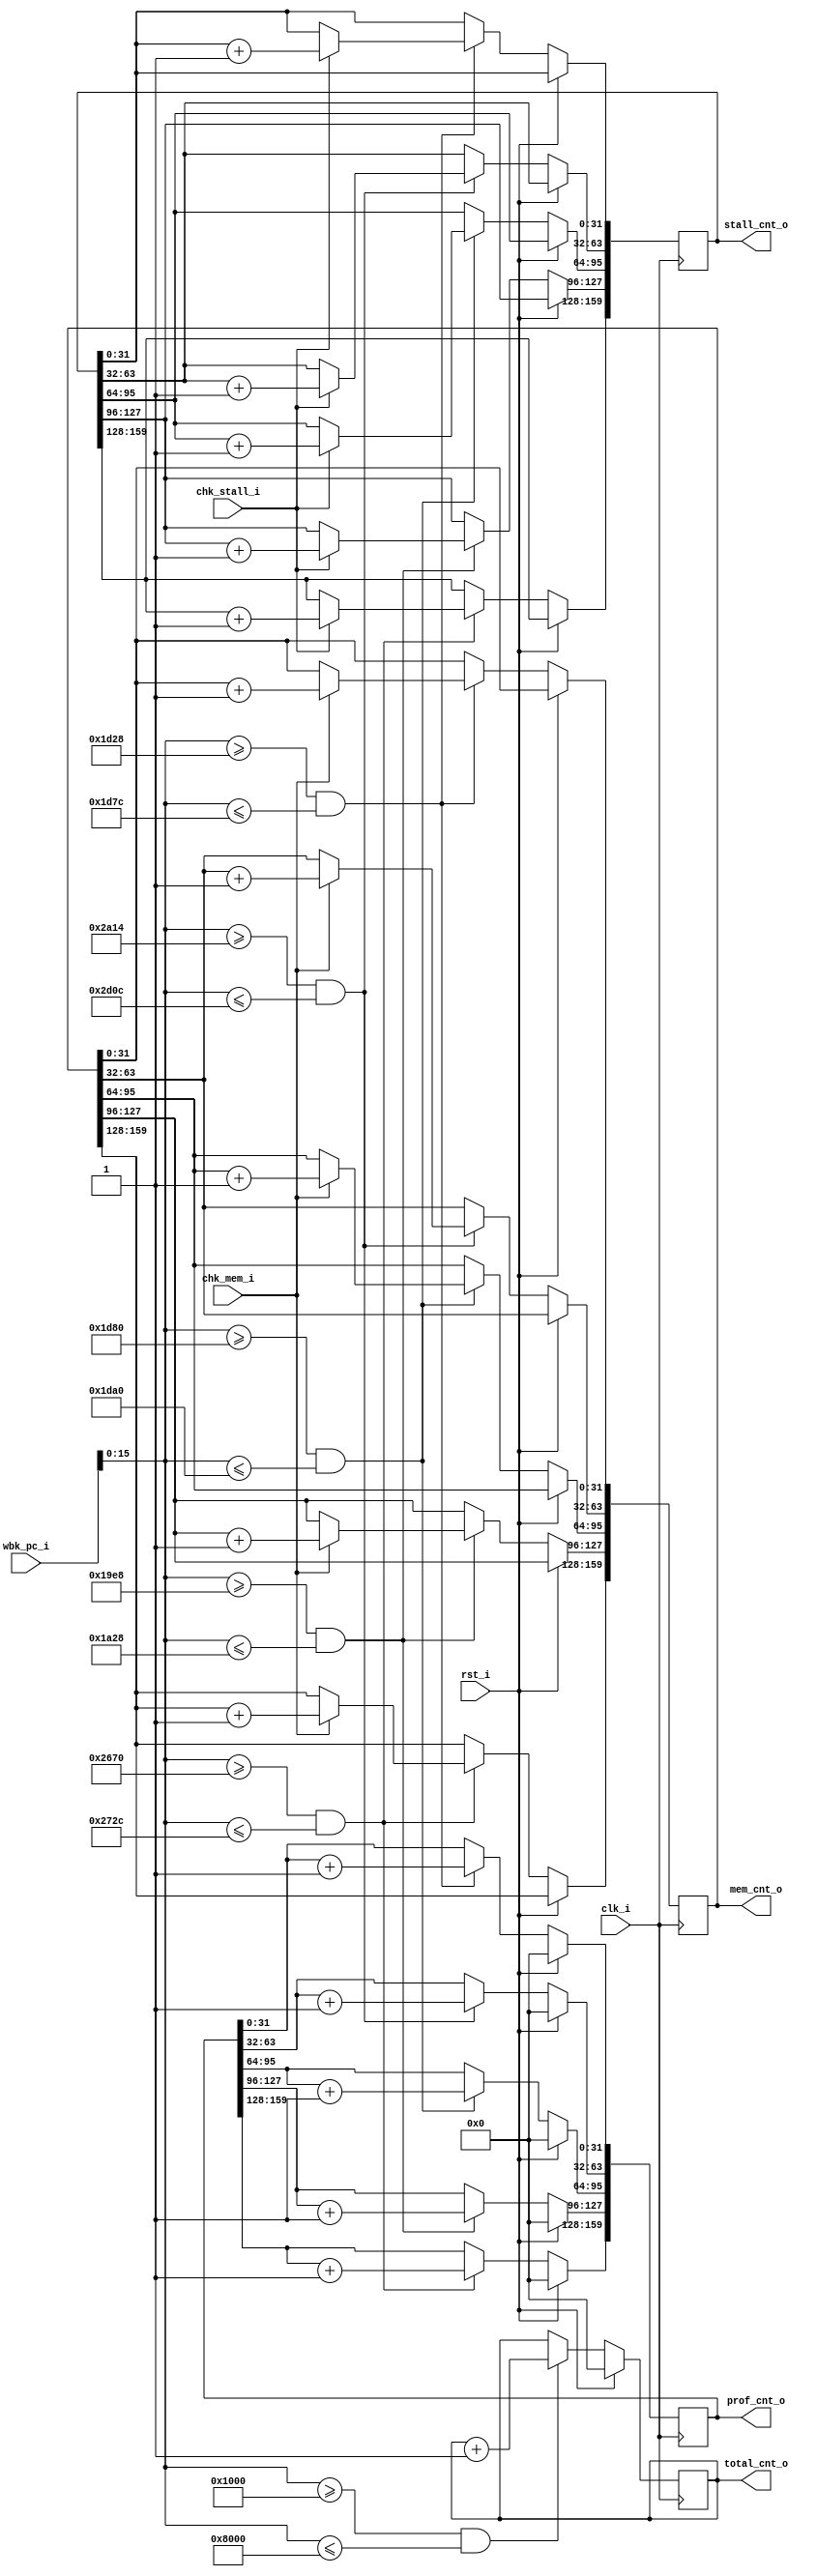
`timescale 1ns / 1ps
//////////////////////////////////////////////////////////////////////////////////
// Company: 
// Engineer: 
// 
// Design Name: 
// Module Name: profiler
// Project Name: 
// Target Devices: 
// Tool Versions: 
// Description: 
// 
// Dependencies: 
// 
// Revision:
// Revision 0.01 - File Created
// Additional Comments:
// 
//////////////////////////////////////////////////////////////////////////////////


module profiler #(
    parameter XLEN          = 32
)
(
    // System signals.
    input                 clk_i,
    input                 rst_i,
    
    //program counter from WriteBacK stage
    input   [XLEN-1:0]  wbk_pc_i,
    
    // checking cycle type
    input chk_stall_i,
    input chk_mem_i,
    
    // output counting
    output  [31:0]      total_cnt_o,
    output  [32*5-1:0]      prof_cnt_o,
    output  [32*5-1:0]      stall_cnt_o,
    output  [32*5-1:0]      mem_cnt_o
);

reg [31:0]  cnt_from_start; // total counter
(* mark_debug = "true" *) wire         chk_start;
reg [32*5-1:0]  prof_cnt; // profiler counter (5 in total)
wire         func_start[0:4]; //check function start
reg [32*5-1:0]  stall_cnt;
reg [32*5-1:0]  mem_cnt;
//reg [10-1:0]    count = 10'b0; //per 1024 clk add 1 counter

assign total_cnt_o = cnt_from_start;
assign prof_cnt_o = prof_cnt;
assign stall_cnt_o = stall_cnt;
assign mem_cnt_o = mem_cnt;

// initialize
//always @(*) begin
//    if (rst_i) begin
//        cnt_from_start <= 16'b0;
//        chk_start <= 1'b0;
//        prof_cnt[0] <= 16'b0;
//        prof_cnt[1] <= 16'b0;
//        prof_cnt[2] <= 16'b0;
//        prof_cnt[3] <= 16'b0;
//        prof_cnt[4] <= 16'b0;
//        func_start[0] <= 1'b0;
//        func_start[1] <= 1'b0;
//        func_start[2] <= 1'b0;
//        func_start[3] <= 1'b0;
//        func_start[4] <= 1'b0;
//        count <= 10'b0;
//    end
//end


/*
0x00001000          START

start       end     function
0x00001d28  1d7c    core_list_find
0x00002a14  2d0c    core_state_transition
0x00001d80  1da0    core_list_reverse
0x000019e8  1a28    crcu8
0x00002670  272c    matrix_mul_matrix_bitextract
*/
assign chk_start = (wbk_pc_i[15:0]>=16'h1000 && wbk_pc_i[15:0]<=16'h8000);
assign func_start[0] = (wbk_pc_i[15:0]>=16'h1d28 && wbk_pc_i[15:0]<=16'h1d7c);
assign func_start[1] = (wbk_pc_i[15:0]>=16'h2a14 && wbk_pc_i[15:0]<=16'h2d0c);
assign func_start[2] = (wbk_pc_i[15:0]>=16'h1d80 && wbk_pc_i[15:0]<=16'h1da0);
assign func_start[3] = (wbk_pc_i[15:0]>=16'h19e8 && wbk_pc_i[15:0]<=16'h1a28);
assign func_start[4] = (wbk_pc_i[15:0]>=16'h2670 && wbk_pc_i[15:0]<=16'h272c);

//always @(posedge clk_i) begin
//    if (rst_i) begin
//        func_start[0] <= 1'b0;
//        func_start[1] <= 1'b0;
//        func_start[2] <= 1'b0;
//        func_start[3] <= 1'b0;
//    end
//    else begin
//        casez(wbk_pc_i[15:0])
//            16'h1000: chk_start = 1'b1;
//            16'h1d28: func_start[0] = 1'b1; // core_list_find
//            16'h1d7c: func_start[0] = 1'b0;
//            16'h2a14: func_start[1] = 1'b1; //core_state_transition
//            16'h2d10: func_start[1] = 1'b0;
//            16'h1d80: func_start[2] = 1'b1;// core_list_reverse
//            16'h1da0: func_start[2] = 1'b0;
//            16'h19e8: func_start[3] = 1'b1;
//            16'h1a28: func_start[3] = 1'b0;
//            16'h2670: func_start[4] = 1'b1;
//            16'h272c: func_start[4] = 1'b0;
//        endcase
//    end
//end

always @(posedge clk_i) begin
    if (rst_i) begin
        prof_cnt <= 160'b0;
        cnt_from_start <= 32'b0;
    end
    else begin
        if (chk_start) cnt_from_start <= cnt_from_start + 1;
        if (func_start[0]) begin
            prof_cnt[31:0] <= prof_cnt[31:0] + 1;
            if (chk_stall_i) stall_cnt[31:0] <= stall_cnt[31:0] + 1;
            if (chk_mem_i) mem_cnt[31:0] <= mem_cnt[31:0] + 1;
        end
        if (func_start[1]) begin
            prof_cnt[63:32] <= prof_cnt[63:32] + 1;
            if (chk_stall_i) stall_cnt[63:32] <= stall_cnt[63:32] + 1;
            if (chk_mem_i) mem_cnt[63:32] <= mem_cnt[63:32] + 1;
        end
        if (func_start[2]) begin
            prof_cnt[95:64] <= prof_cnt[95:64] + 1;
            if (chk_stall_i) stall_cnt[95:64] <= stall_cnt[95:64] + 1;
            if (chk_mem_i) mem_cnt[95:64] <= mem_cnt[95:64] + 1;
        end
        if (func_start[3]) begin
            prof_cnt[127:96] <= prof_cnt[127:96] + 1;
            if (chk_stall_i) stall_cnt[127:96] <= stall_cnt[127:96] + 1;
            if (chk_mem_i) mem_cnt[127:96] <= mem_cnt[127:96] + 1;
        end
        if (func_start[4]) begin
            prof_cnt[159:128] <= prof_cnt[159:128] + 1;
            if (chk_stall_i) stall_cnt[159:128] <= stall_cnt[159:128] + 1;
            if (chk_mem_i) mem_cnt[159:128] <= mem_cnt[159:128] + 1;
        end
    end
end

endmodule